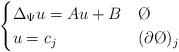
LaTeX: \begin{align*}\begin{cases} \Delta_{\Psi} u = Au+B & \O \\ u = c_{j} & (\partial \O )_{j}\end{cases} \end{align*}